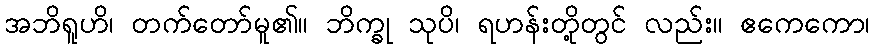
အဘိရူဟိ၊ တက်တော်မူ၏။ ဘိက္ခု သုပိ၊ ရဟန်းတို့တွင် လည်း။ ဧကေကော၊